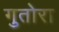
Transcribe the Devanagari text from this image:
गुतोरा